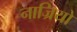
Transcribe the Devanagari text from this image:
नाज्रियो